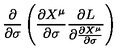
\displaystyle { \frac { \partial } { \partial \sigma } \left( \frac { \partial X ^ { \mu } } { \partial \sigma } \frac { \partial L } { \partial \frac { \partial X ^ { \mu } } { \partial \sigma } } \right) }